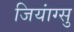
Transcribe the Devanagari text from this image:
जियांग्सु